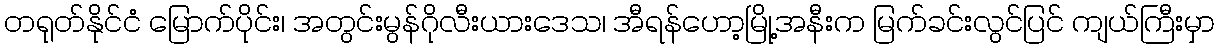
တရုတ်နိုင်ငံ မြောက်ပိုင်း၊ အတွင်းမွန်ဂိုလီးယားဒေသ၊ အီရန်ဟော့မြို့အနီးက မြက်ခင်းလွင်ပြင် ကျယ်ကြီးမှာ